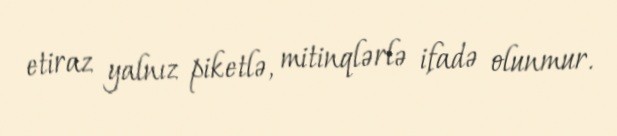
etiraz yalnız piketlə, mitinqlərlə ifadə olunmur.